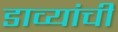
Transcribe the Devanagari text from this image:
डाव्यांची